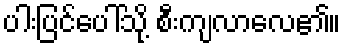
ပါးပြင်ပေါ်သို့ စီးကျလာလေ၏။